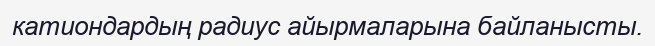
катиондардың радиус айырмаларына байланысты.